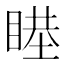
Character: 𥈻